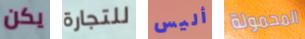
يكن للتجارة أليس المحمولة